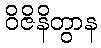
ဝိဇိနိတွာန